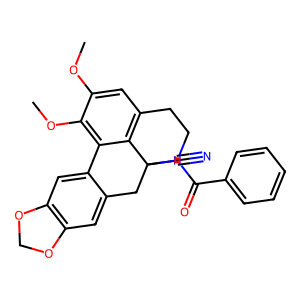
SMILES: COc1cc2c3c(c1OC)-c1cc4c(cc1CC3(C#N)N(C(=O)c1ccccc1)CC2)OCO4
Inhibits HIV replication: No